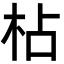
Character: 枮